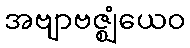
အဗျာဗဇ္ဈံယေဝ